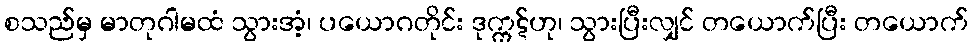
စသည်မှ မာတုဂါမထံ သွားအံ့၊ ပယောဂတိုင်း ဒုက္ကဋ်ဟု၊ သွားပြီးလျှင် တယောက်ပြီး တယောက်